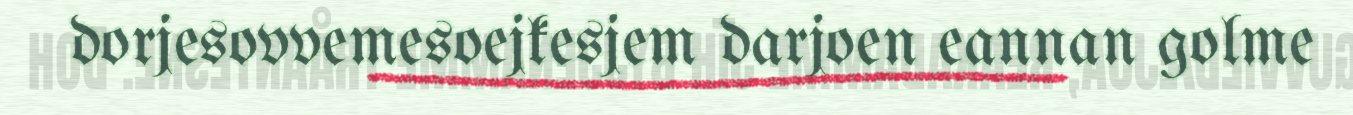
dorjesovvemesoejkesjem darjoen eannan golme